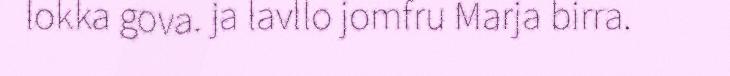
lokka gova. ja lavllo jomfru Marja birra.